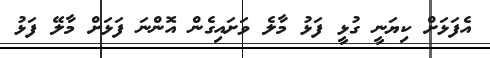
އެފަޅަށް ކިޔަނީ ގުޅީ ފަޅު މާލެ ވަށައިގެންް އޮންނަ ފަޅަށް މާލޭ ފަޅު